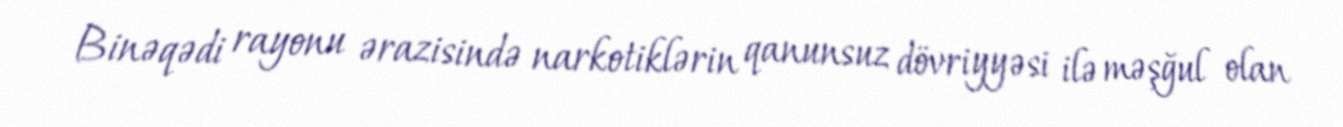
Binəqədi rayonu ərazisində narkotiklərin qanunsuz dövriyyəsi ilə məşğul olan